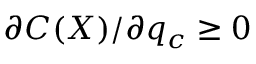
\partial { \cal C } ( X ) / \partial q _ { c } \geq 0